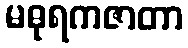
မဓုရကဇာတာ